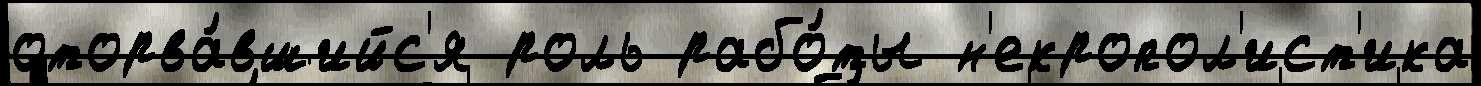
оторва́вшийс'я роль рабо́ты н'екропол'ист'ика